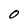
Character: o